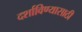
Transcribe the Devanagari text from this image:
दर्शाविण्यासाठी